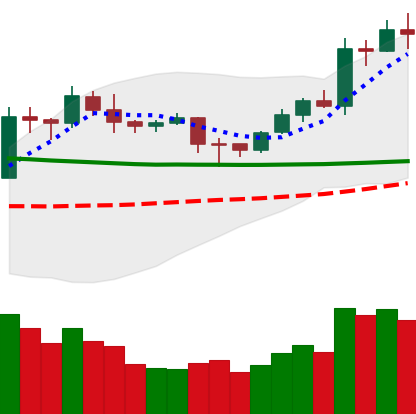
Ticker: LTC-USD
Chart end date: 2020-02-02
Forward return: 5.873%
Label: up_5_7